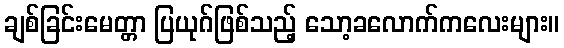
ချစ်ခြင်းမေတ္တာ ပြယုဂ်ဖြစ်သည့် သော့ခလောက်ကလေးများ။